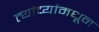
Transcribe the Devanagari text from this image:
त्यांच्यांमधून